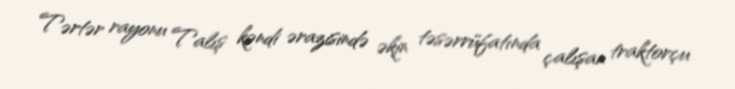
Tərtər rayonu Talış kəndi ərazisində əkin təsərrüfatında çalışan traktorçu